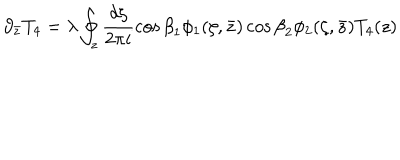
\partial _ { \bar { z } } T _ { 4 } = \lambda \oint _ { z } \frac { d \zeta } { 2 \pi i } \cos { \beta } _ { 1 } \phi _ { 1 } ( \zeta , \bar { z } ) \cos { \beta } _ { 2 } \phi _ { 2 } ( \zeta , \bar { z } ) T _ { 4 } ( z )